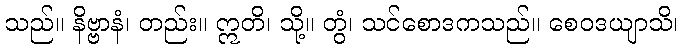
သည်။ နိဗ္ဗာနံ၊ တည်း။ ဣတိ၊ သို့။ တွံ၊ သင်စောဒကသည်။ စေဝဒယျာသိ၊